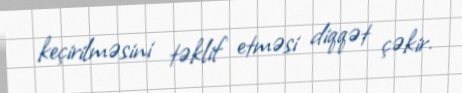
keçirilməsini təklif etməsi diqqət çəkir.